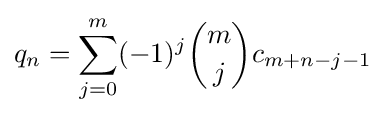
q_{n}=\sum _{j=0}^{m}(-1)^{j}{m \choose j}c_{m+n-j-1}